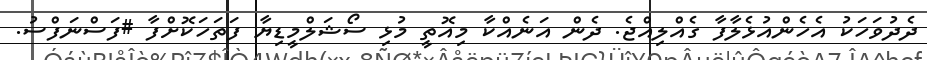
ދެދުވަހަކު އެހެންއުޅެލާފާ ގެއްލިއްޖެ. ދެން އަނެއްކާ މިއޮތީ މުޅި ސޯޝަލްމީޑިޔާ ފަތަހަކޮށްފާ #ފަސްނަފްސު.